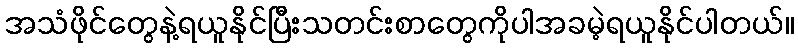
အသံဖိုင်တွေနဲ့ရယူနိုင်ပြီးသတင်းစာတွေကိုပါအခမဲ့ရယူနိုင်ပါတယ်။